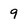
Character: 9